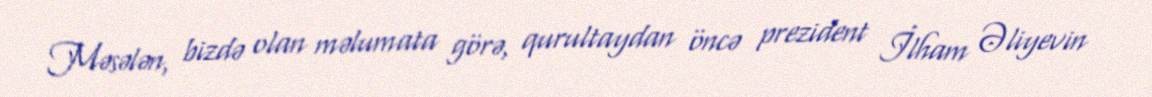
Məsələn, bizdə olan məlumata görə, qurultaydan öncə prezident İlham Əliyevin